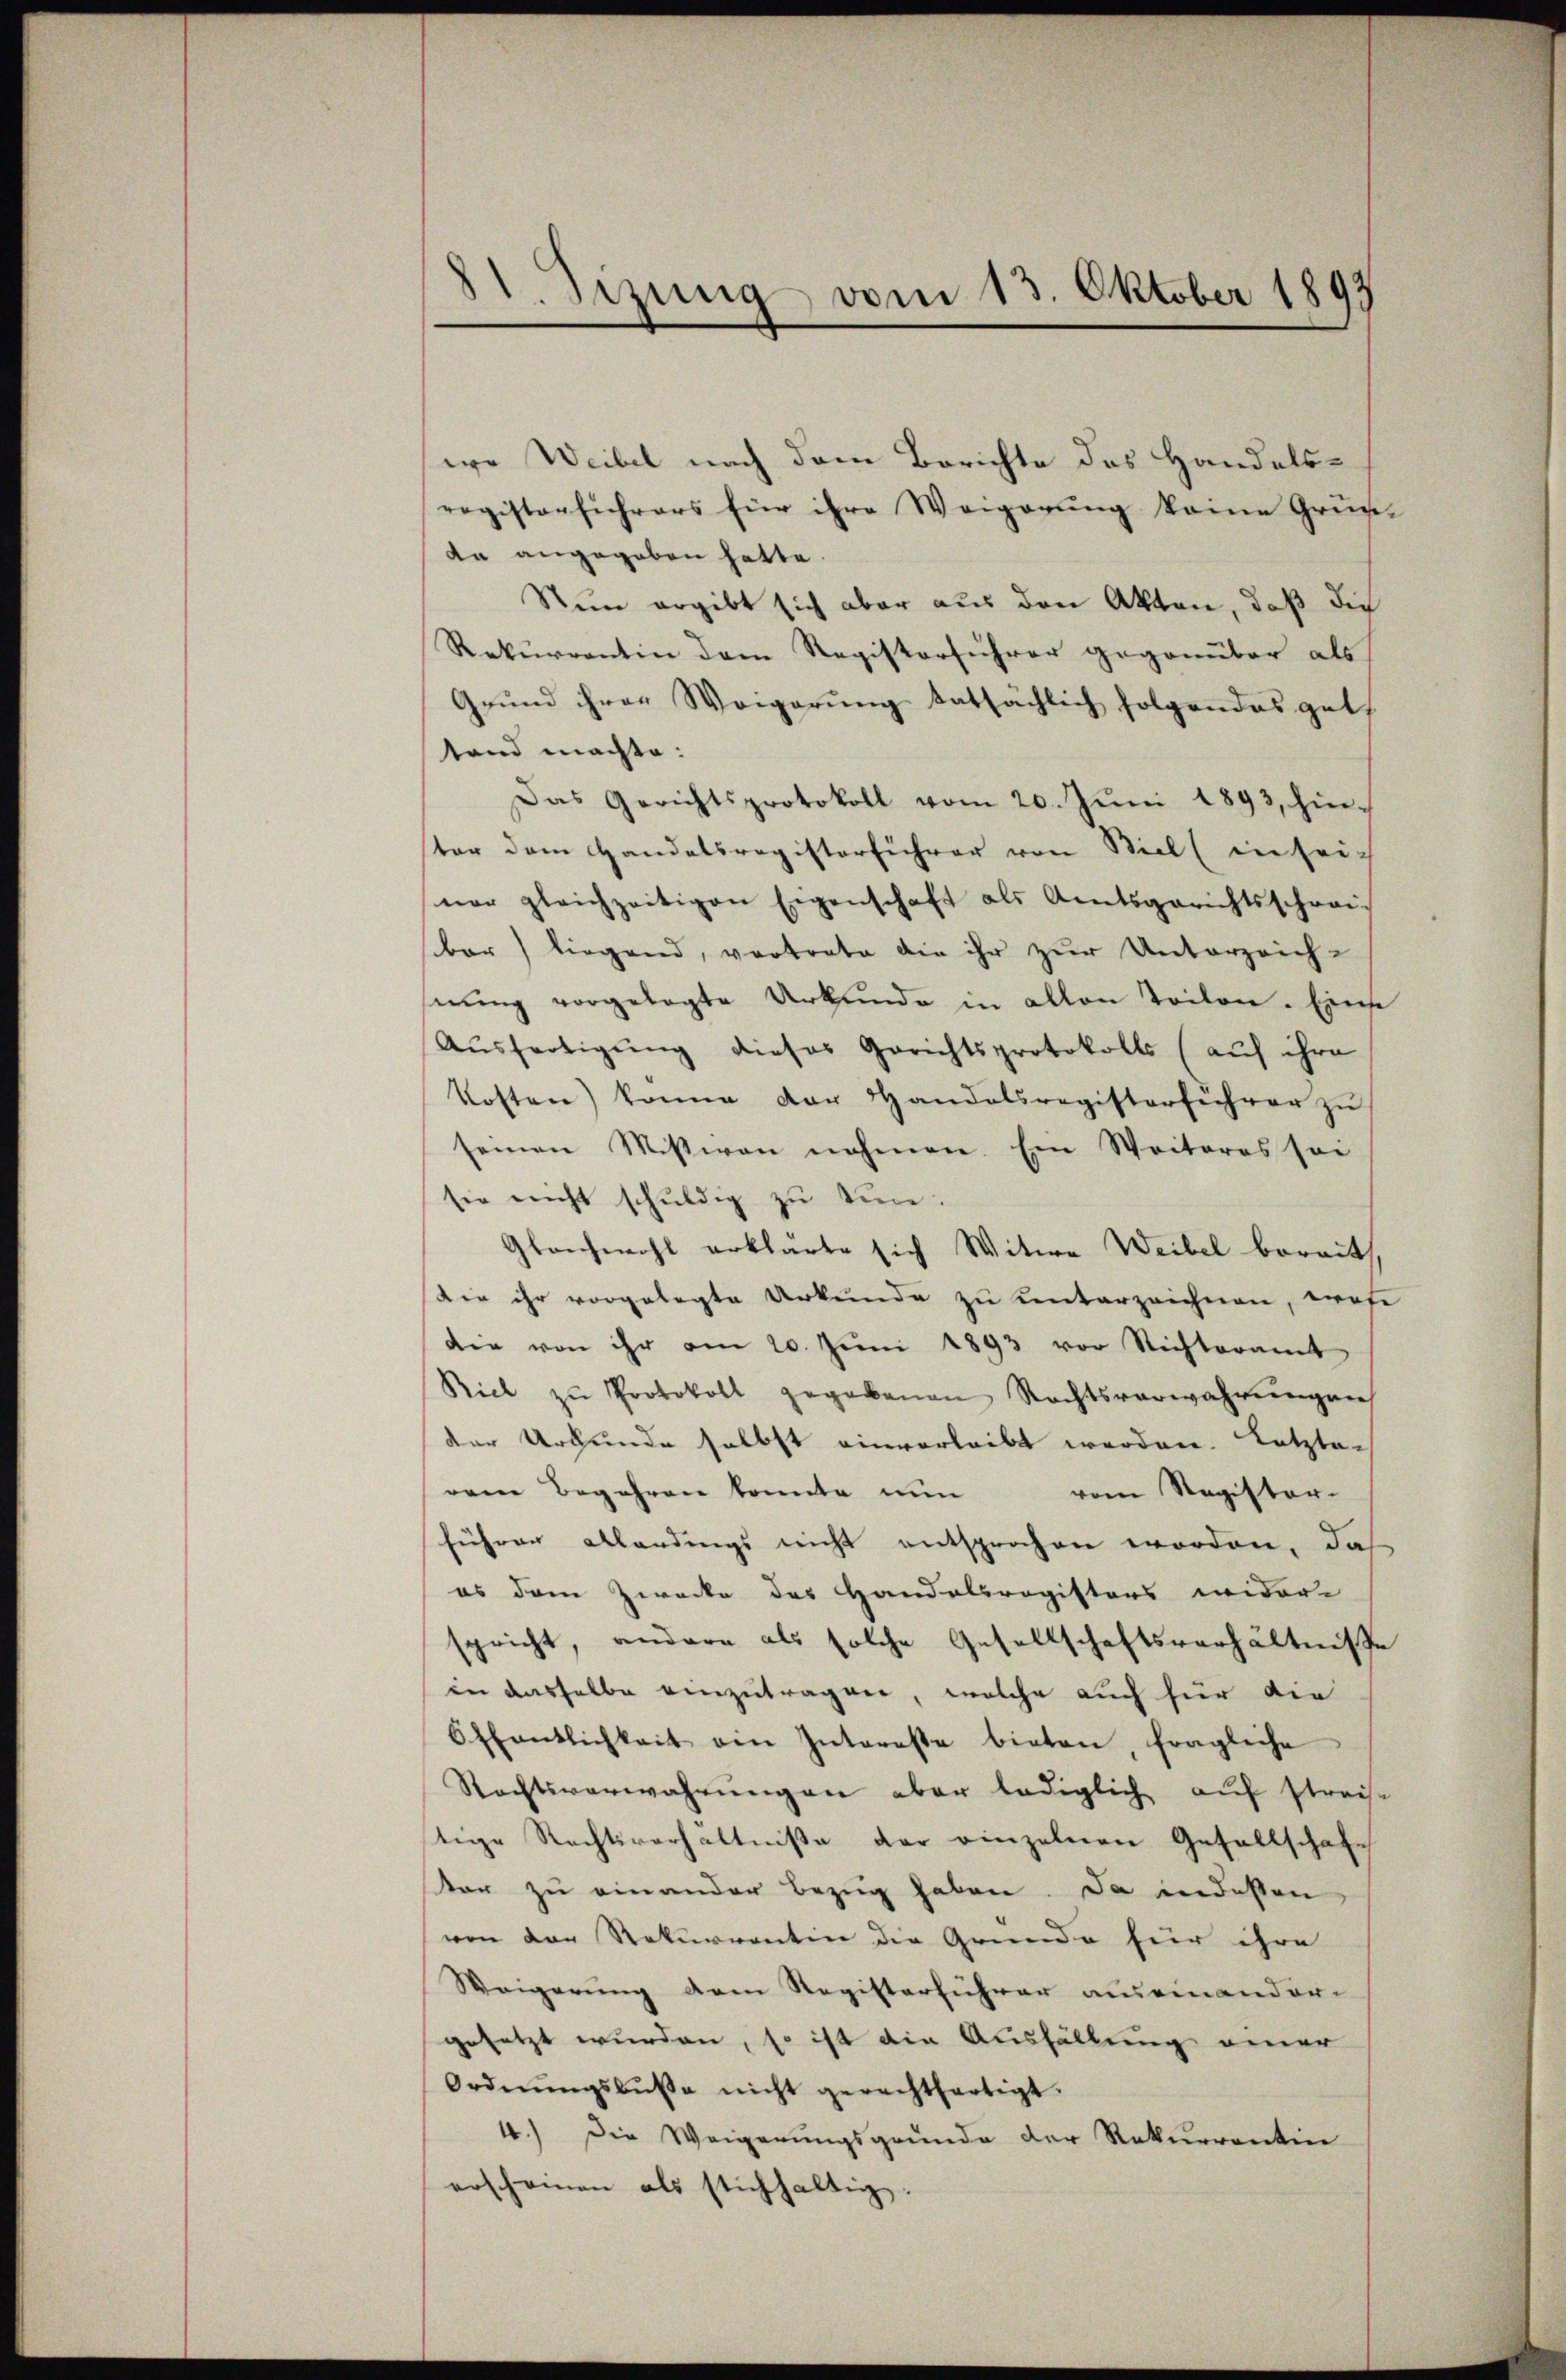
11. Sizung vom 13. Oktober 1893

sere Weibel nach dem Berichte des Handelsregistersichers für ihre Weigerung keine Gründa angegeben hatte.
Nun ergibt sich aber aus den Akten, daß die
Rekurrentin dem Registerführer gegenüber als
Grŭnd ihrer Weigerŭng tatsächlich folgendes gut.
tand machte:
Das Gerichtsprotokoll vom 20. Jŭni 1893, hier-
ster dem Handelsregisterführer von Biel (in sei-
ner gleichzeitigen Eigenschaft als Amtsgerichtsschreibar) liegend, vertrete die ihr zŭr Unterzeich-
snung vorgelegte Urkunde in allen Teilen. Einse
Aŭsfertigŭng dieses Gerichtsprotokolls (auf ihre
Kosten) könne der Handelsregisterführer zŭ
seinen Mißwan nahmen. Ein Weiteres sei
sie nicht schŭldig zu eine
Gleichwohl erklärte sich Witwe Weibel bereit,
Die ihr vorgelegte Urkunde zu unterzeichnen, was
die von ihr am 20. Jŭni 1893 vor Nichteramt
Biel zŭ Protokoll gegebenen Rechtsverwahrŭngen
der Urkunde selbst einverleibt werden. Letzte-
rem Begehren konnte nun vom Register-
führer allerdings nicht entsprochen worden, daß
es dem Zwecke des Handelsregisters wider-
spricht, andere als solche Gesellschaftsverhältnisse
in dasselbe einzutragen, welche auch für die
Öffentlichkeit ein Interesse bieten, fragliche
Rechtsverwahrungen aber lediglich auf streise
stige Rechtsverhältniße der einzelnen Gesellschaft
tar zu einander Bezug haben. Da indessen
von der Rekurrentin die Grunde für ihre
Weigerung dem Registerfuhrer auseinander-
gesetzt wurden, so ist die Ausfällung einer
Ordnŭngsbŭβe nicht gerechtfertigt.
1.) Die Weigerungsgrunde der Rekurrentin
erscheinen als stichhaltig.